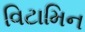
વિટામિન